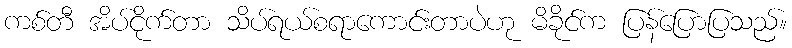
ကစ်တီ အိပ်ငိုက်တာ သိပ်ရယ်စရာကောင်းတာပဲဟု မိခိုင်က ပြန်ပြောပြသည်။